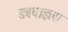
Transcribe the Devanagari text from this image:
डबघाइला